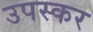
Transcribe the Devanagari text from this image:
उपस्‍कर